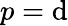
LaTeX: p=\mathrm{d}